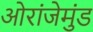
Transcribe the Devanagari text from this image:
ओरांजेमुंड